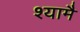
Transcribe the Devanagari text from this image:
श्यामै